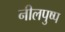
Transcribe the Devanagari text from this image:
नीलपुष्प